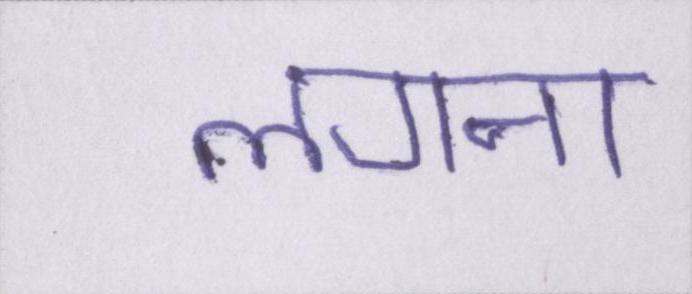
लगना